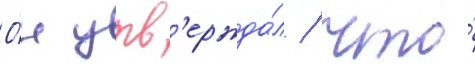
О́н утв'ержда́л / что́